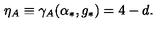
\eta _ { A } \equiv \gamma _ { A } ( \alpha _ { * } , g _ { * } ) = 4 - d .